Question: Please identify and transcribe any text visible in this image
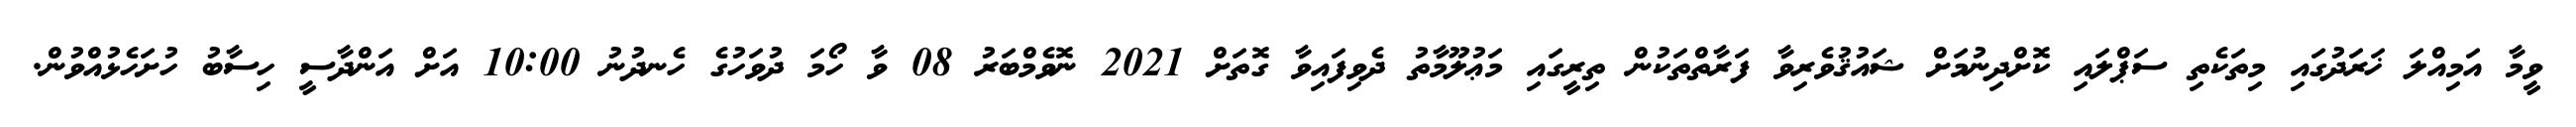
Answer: ވީމާ އަމިއްލަ ޚަރަދުގައި މިތަކެތި ސަޕްލައި ކޮށްދިނުމަށް ޝައުޤުވެރިވާ ފަރާތްތަކުން ތިރީގައި މަޢުލޫމާތު ދެވިފައިވާ ގޮތަށް 2021 ނޮވެމްބަރު 08 ވާ ހޯމަ ދުވަހުގެ ހެނދުނު 10:00 އަށް އަންދާސީ ހިސާބު ހުށަހެޅުއްވުން.